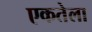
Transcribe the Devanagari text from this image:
एकतेला